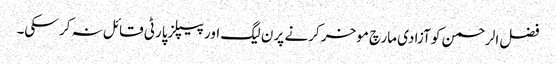
فضل الرحمن کو آزادی مارچ موخر کرنے پر ن لیگ اور پیپلزپارٹی قائل نہ کر سکی۔